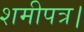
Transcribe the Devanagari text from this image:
शमीपत्र।